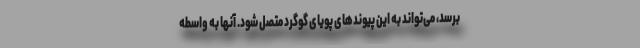
برسد، می‌تواند به این پیوندهای پویای گوگرد متصل شود. آنها به واسطه